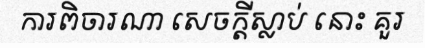
ការពិចារណា សេចក្តីស្លាប់ នោះ គួរ